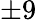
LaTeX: \pm 9